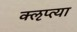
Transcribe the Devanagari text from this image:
क्‍ऌप्‍त्या